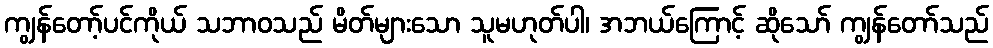
ကျွန်တော့်ပင်ကိုယ် သဘာဝသည် မိတ်များသော သူမဟုတ်ပါ၊ အဘယ်ကြောင့် ဆိုသော် ကျွန်တော်သည်